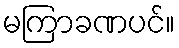
မကြာခဏပင်။